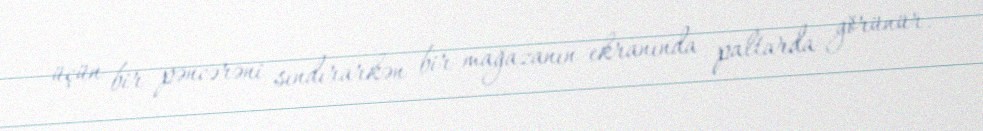
üçün bir pəncərəni sındırarkən bir mağazanın ekranında paltarda görünür.